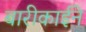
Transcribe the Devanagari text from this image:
बारीकाईने